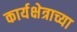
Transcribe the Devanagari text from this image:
कार्यक्षेत्राच्या